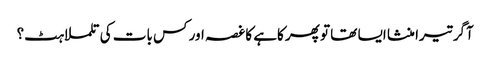
آگر تیرا منشا ایسا تھا تو پھر کاہے کا غصہ اور کس بات کی تلملاہٹ؟